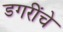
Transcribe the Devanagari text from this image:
डगरींचे